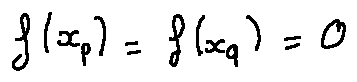
f ( x _ { p } ) = f ( x _ { q } ) = 0